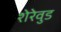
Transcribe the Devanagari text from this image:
शेरेवुड